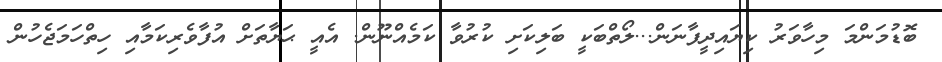
ބޮޑުމަންމަ މިހާވަރު ކިޔައިދީފާނަން...ލޯތްބަކީ ބަލިކަށި ކުރުވާ ކަމެއްނޫން. އެއީ ޙަޔާތަށް އުފާވެރިކަމާއި ހިތްހަމަޖެހުން